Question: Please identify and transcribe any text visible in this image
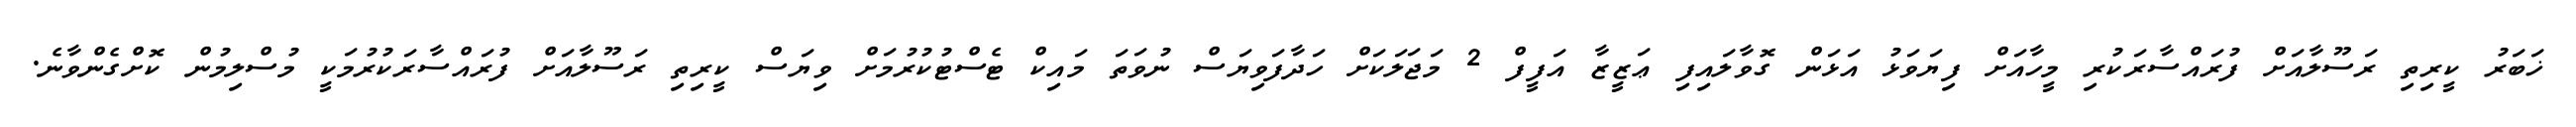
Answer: ޚަބަރު ކީރިތި ރަސޫލާއަށް ފުރައްސާރަކުރި މީހާއަށް ފިޔަވަޅު އަޅަން ގޮވާލައިފި ޢަޒީޒާ އަފީފް 2 މަޖަލަކަށް ހަދާފަވިޔަސް ނުވަތަ މައިކް ޓެސްޓުކުރުމަށް ވިޔަސް ކީރިތި ރަސޫލާއަށް ފުރައްސާރަކުރުމަކީ މުސްލިމުން ކޮށްގެންވާނެ.